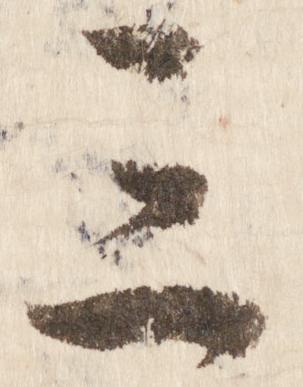
三